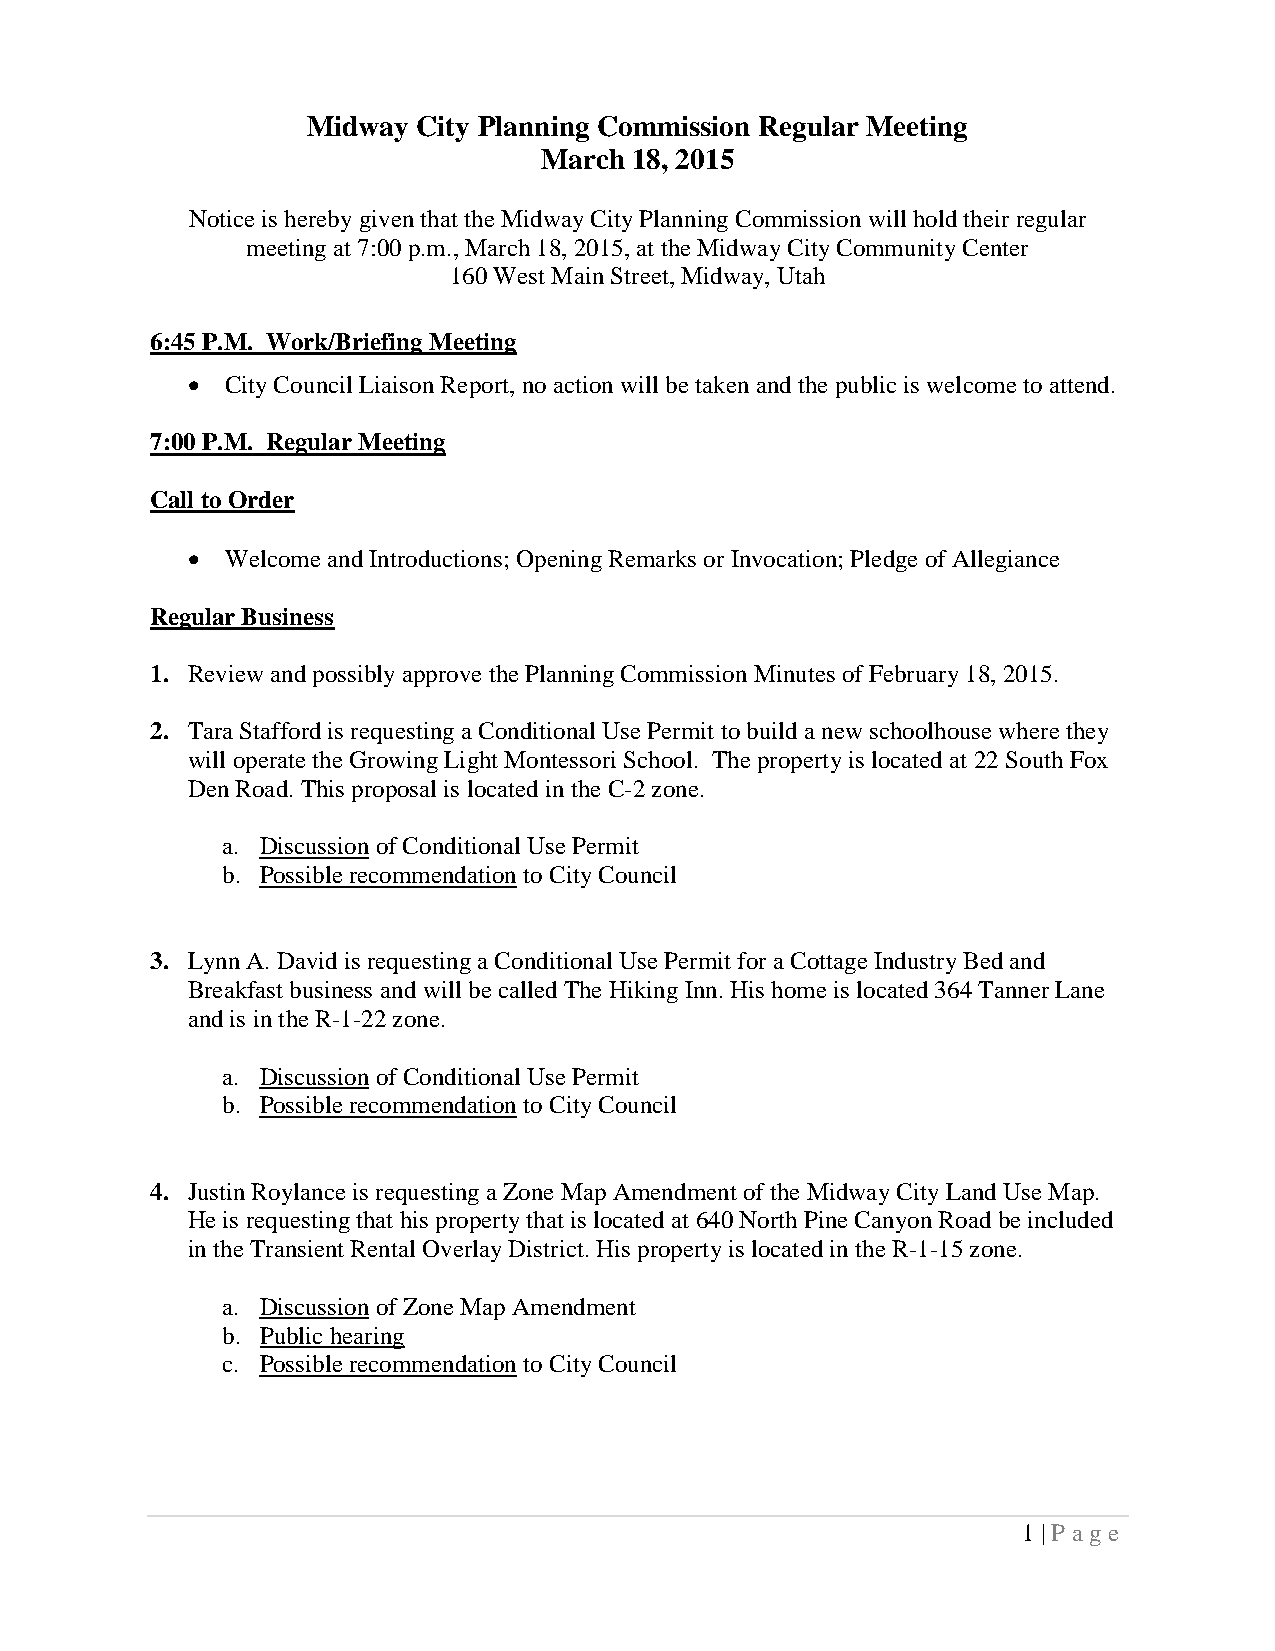
Midway  City Planning Commission Regular Meeting
 March 18, 2015
 Notice is hereby given that the Midway City Planning Commission will hold their regular
 meeting at 7:00 p.m., March 18, 2015, at the Midway City Community Center
 160 West Main Street, Midway, Utah
 6:45 P.M. Work/Briefing Meeting
   City Council Liaison Report, no action will be taken and the public is welcome to attend.
 7:00 P.M. Regular Meeting
 Call to Order
   Welcome and Introductions; Opening Remarks or Invocation; Pledge of Allegiance
 Regular Business
 1. Review and possibly approve the Planning Commission Minutes of February 18, 2015.
 2. Tara Stafford is requesting a Conditional Use Permit to build a new schoolhouse where they
 will operate the Growing Light Montessori School. The property is located at 22 South Fox
 Den Road. This proposal is located in the C-2 zone.
 a. Discussion of Conditional Use Permit
 b. Possible recommendation to City Council
 3. Lynn A. David is requesting a Conditional Use Permit for a Cottage Industry Bed and
 Breakfast business and will be called The Hiking Inn. His home is located 364 Tanner Lane
 and is in the R-1-22 zone.
 a. Discussion of Conditional Use Permit
 b. Possible recommendation to City Council
 4. Justin Roylance is requesting a Zone Map Amendment of the Midway City Land Use Map.
 He is requesting that his property that is located at 640 North Pine Canyon Road be included
 in the Transient Rental Overlay District. His property is located in the R-1-15 zone.
 a. Discussion of Zone Map Amendment
 b. Public hearing
 c. Possible recommendation to City Council
 1 | P a ge